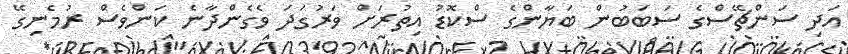
އަދި ސަންޗޭސްގެ ސަބަބުން ބަޔާންގެ ސްކޮޑު އިތުރަށް ވަރުގަދަ ވެގެންދާނެ ކަންވެސް ރުމެނިގޭ